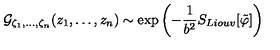
{ \cal G } _ { \zeta _ { 1 } , \ldots , \zeta _ { n } } ( z _ { 1 } , \ldots , z _ { n } ) \sim \exp { \left( - { \frac { 1 } { b ^ { 2 } } } S _ { L i o u v } [ \tilde { \varphi } ] \right) }